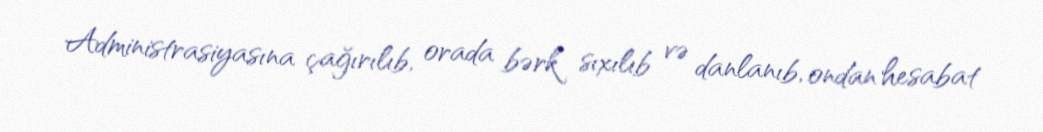
Administrasiyasına çağırılıb, orada bərk sıxılıb və danlanıb, ondan hesabat